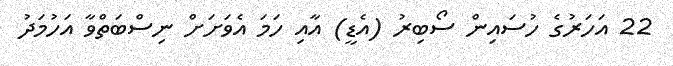
22 އަހަރުގެ ހުސައިން ސޯބިރު (އެޑީ) އާއި ހަމަ އެވަށަށް ނިސްބަތްވާ އަހުމަދު